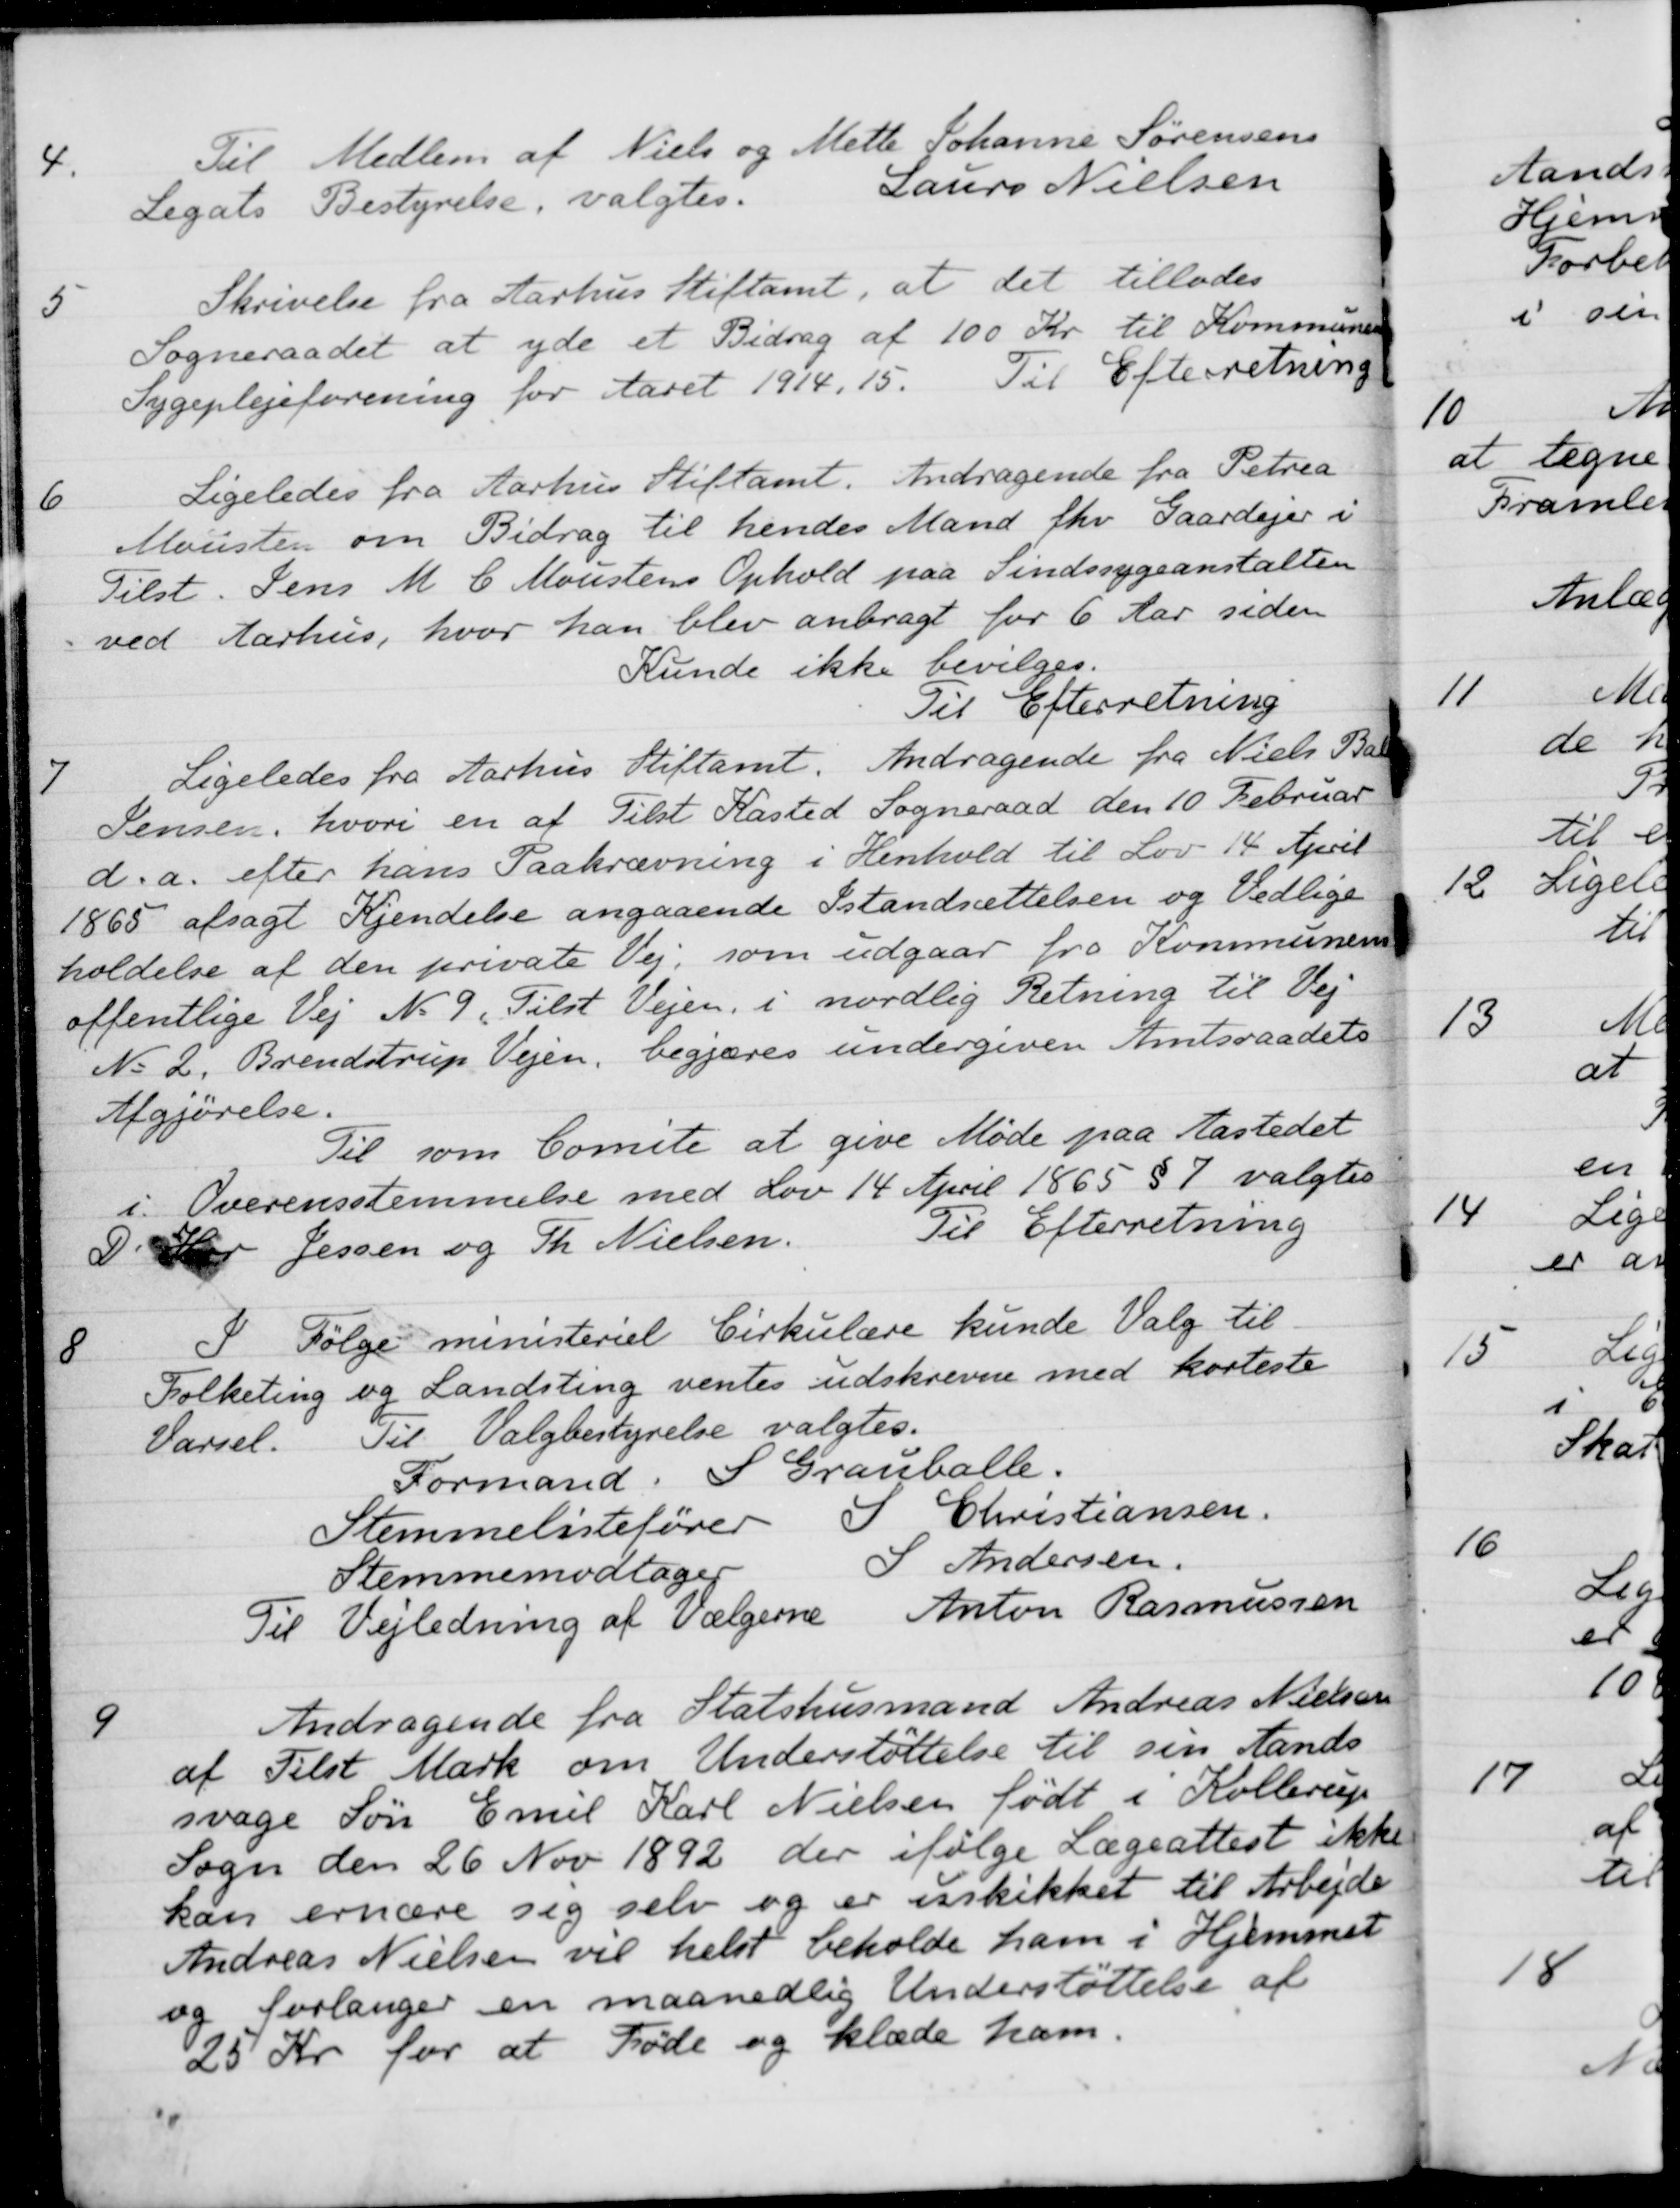
Transskription:
4.
Til Medlem af Niels og Mette Johanne Sørensens
Legats Bestyrelse, valgtes.
Laurs Nielsen
5
Skrivelse fra Aarhus Stiftamt, at det tillades
Sogneraadet at yde et Bidrag af 100 Kr. til Kommunens
Sygeplejeforening for Aaret 1914, 15.
Til Efterretning
6
Ligeledes fra Aarhus Stiftamt. Andragende fra Petrea
Mousten om Bidrag til hendes Mand fhv. Gaardejer i
Tilst. Jens M. C. Moustens Ophold paa Sindssygeanstalten
ved Aarhus, hvor han blev anbragt for 6 Aar siden
Kunde ikke bevilges.
Til Efterretning
7
Ligeledes fra Aarhus Stiftamt. Andragende fra Niels Bak
Jensen, hvori en af Tilst Kasted Sogneraad den 10 Februar
d.a. efter hans Paakrævning i Henhold til Lov 14 April
1865 afsagt Kjendelse angaaende Istandsættelsen og Vedlige
holdelse af den private Vej, som udgaar fra Kommunens
offentlige Vej No 9. Tilst Vejen, i nordlig Retning til Vej
N 2. Brendstrup Vejen, begjæres undergiven Amtsraadets
Afgjørelse.
Til som Comite at give Møde paa Aastedet
i Overensstemmelse med Lov 14 April 1865 §7 valgtes
D' Hrr Jessen og Th. Nielsen
Til Efterretning
8
I Følge ministeriet Cirkulære kunde Valg til
Folketing og Landsting ventes udskrevne med korteste
Varsel.
Til Valgbestyrelse valgtes.
Formand. S. Grauballe.
Stemmelistefører
S Christiansen.
Stemmemodtager
S Andersen
Til Vejledning af Vælgerne
Anton Rasmussen
9
Andragende fra Statshusmand Andreas Nielsen
af Tilst Mark om Understøttelse til sin Aands-
svage Søn Emil Karl Nielsen født i Kollerup
Sogn den 26 Nov 1892, der ifølge Lægeattest ikke
kan ernære sig selv og er uskikket til Arbejde
Andreas Nielsen vil helst beholde ham i Hjemmet
og forlanger en maanedlig Understøttelse af
25 Kr for at Føde og klæde ham.